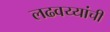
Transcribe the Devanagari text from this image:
लढवय्यांची